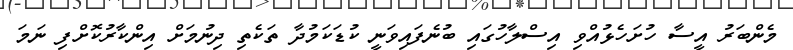
މެންބަރު އީސާ ހުށަހެޅުއްވި އިސްލާހުގައި ބުނެފައިވަނީ ކުޑަކަމުދާ ތަކެތި ދިނުމަށް އިންކާރުކޮށްފި ނަމަ